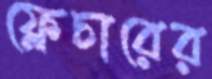
ফ্লেচারের